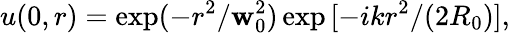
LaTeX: u(0,r)=\exp(-r^{2}/\mathbf{w}_{0}^{2})\exp{[-ikr^{2}/(2R_{0})]},